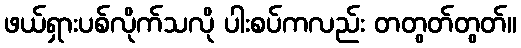
ဖယ်ရှားပစ်လိုက်သလို ပါးစပ်ကလည်း တတွတ်တွတ်။